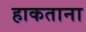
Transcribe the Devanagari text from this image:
हाकताना